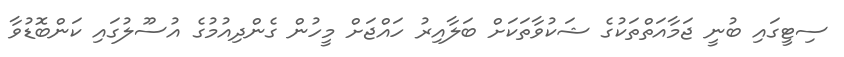
ސިޓީގައި ބުނީ ޖަމާއަތްތަކުގެ ޝަކުވާތަކަށް ބަލާއިރު ހައްޖަށް މީހުން ގެންދިއުމުގެ އުސޫލުގައި ކަންބޮޑުވާ